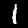
Label: 1